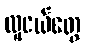
လူငယ်တွေ